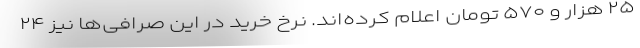
۲۵ هزار و ۵۷۰ تومان اعلام کرده‌اند. نرخ خرید در این صرافی‌ها نیز ۲۴